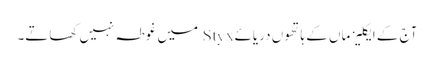
آج کے ایکلیز ماں کے ہاتھوں دریائےStyx میں غوطہ نہیں کھاتے۔